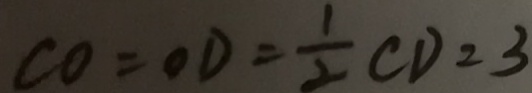
C O = O D = \frac { 1 } { 2 } C D = 3